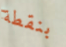
بنقطة